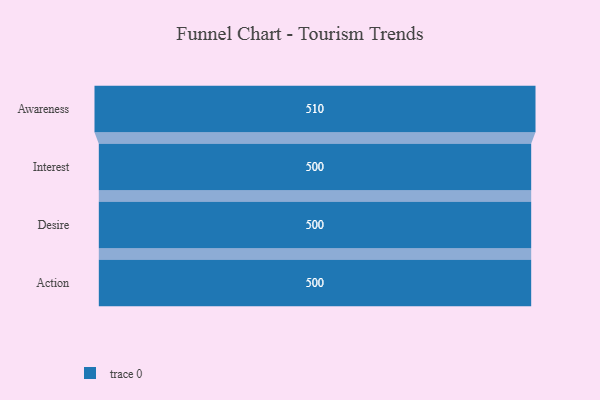
{"axis": {"x": "Stage", "y": "Value"}, "legend": [""], "data": [{"x": "Awareness", "y": 510.0, "type": ""}, {"x": "Interest", "y": 500, "type": ""}, {"x": "Desire", "y": 500, "type": ""}, {"x": "Action", "y": 500, "type": ""}]}